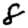
Digit: 8